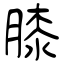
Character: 膝